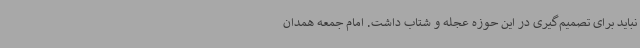
نباید برای تصمیم‌گیری در این حوزه عجله و شتاب داشت. امام جمعه همدان